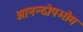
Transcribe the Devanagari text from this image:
आनन्दोपभोग